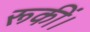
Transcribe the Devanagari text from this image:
रूकीं।